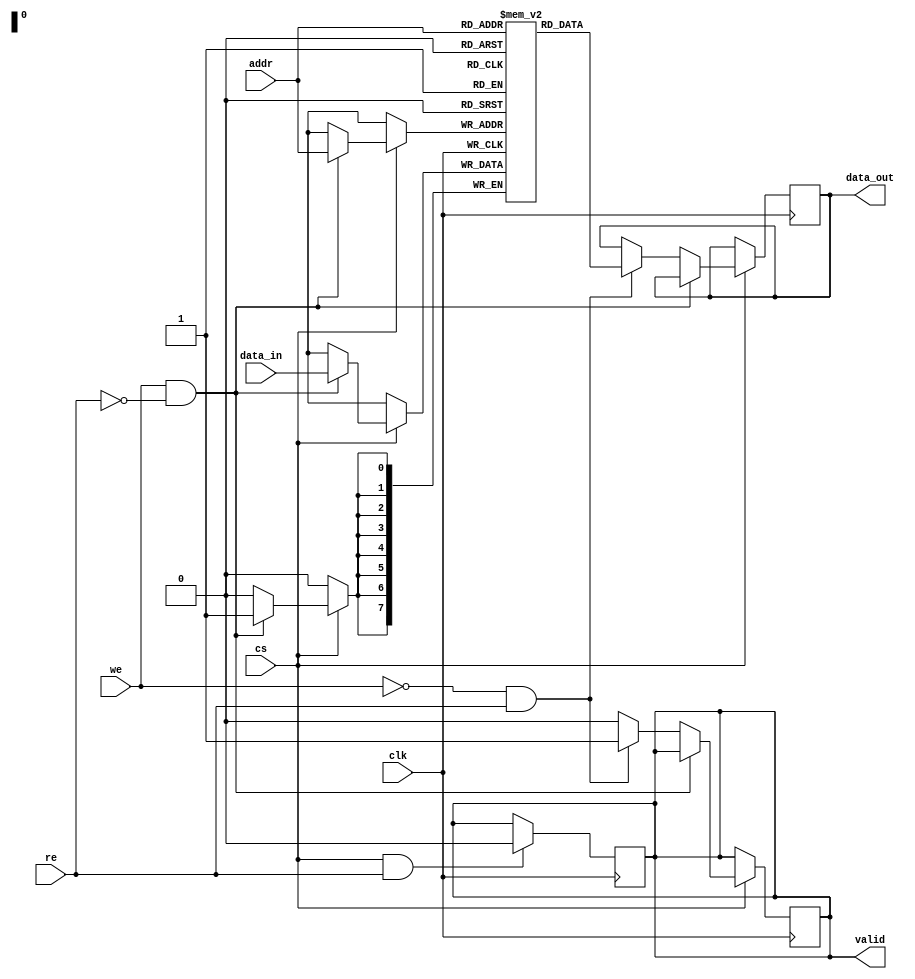
module SyncSRAM #(
    parameter ADDR_WIDTH = 8, // Number of address bits (2^ADDR_WIDTH words)
    parameter DATA_WIDTH = 8   // Width of each data word
)(
    input wire clk,             // Clock signal
    input wire cs,              // Chip Select
    input wire we,              // Write Enable
    input wire re,              // Read Enable
    input wire [ADDR_WIDTH-1:0] addr, // Address bus
    input wire [DATA_WIDTH-1:0] data_in, // Data input
    output reg [DATA_WIDTH-1:0] data_out, // Data output
    output reg valid            // Indicates valid output data
);

    // Memory array declaration
    reg [DATA_WIDTH-1:0] memory_array [0:(1 << ADDR_WIDTH)-1];

    // Reset logic (optional, initialize memory to zero)
    integer i;
    initial begin
        valid = 1'b0; // Default invalid output
        for (i = 0; i < (1 << ADDR_WIDTH); i = i + 1) begin
            memory_array[i] = {DATA_WIDTH{1'b0}}; // Initialize memory to zero
        end
    end

    // Write and Read operations
    always @(posedge clk) begin
        if (cs) begin // Only operate if chip is selected
            if (we && !re) begin
                // Write operation
                memory_array[addr] <= data_in; // Write data to the specified address
            end else if (!we && re) begin
                // Read operation
                data_out <= memory_array[addr]; // Read data from the specified address
                valid <= 1'b1; // Set valid flag to indicate output data is valid
            end else begin
                // If both WE and RE are high, no operation
                valid <= 1'b0; // Invalidate output
            end
        end
    end

    // Optionally, add a mechanism to clear valid flag after reading
    always @(negedge clk) begin
        if (cs && re) begin
            valid <= 1'b0; // Clear valid flag after data is read
        end
    end

endmodule